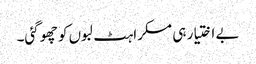
بے اختیار ہی مسکراہٹ لبوں کو چھو گئی۔